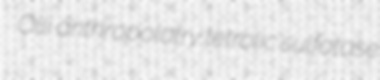
Olli anthropolatry tetrolic sulfatase